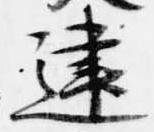
建